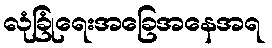
လုံခြုံရေးအခြေအနေအရ